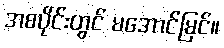
အစပိုင်းတွင် မအောင်မြင်။